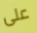
على